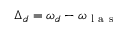
\Delta _ { d } = \omega _ { d } - \omega _ { \mathrm { ~ l ~ a ~ s ~ } }